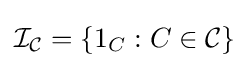
{\mathcal {I}}_{\mathcal {C}}=\{1_{C}:C\in {\mathcal {C}}\}